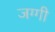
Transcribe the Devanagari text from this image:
जग्‍गी